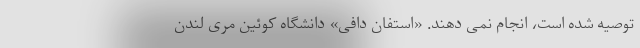
توصیه شده است، انجام نمی دهند. «استفان دافی» دانشگاه کوئین مری لندن